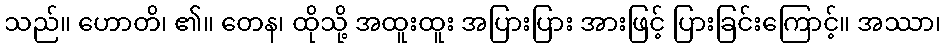
သည်။ ဟောတိ၊ ၏။ တေန၊ ထိုသို့ အထူးထူး အပြားပြား အားဖြင့် ပြားခြင်းကြောင့်။ အဿာ၊